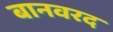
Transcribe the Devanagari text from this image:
बानवरद